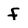
Character: F